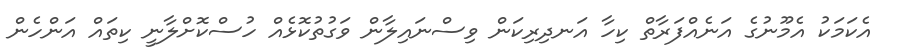
އެކަމަކު އެމޫނުގެ އަނެއްފަރާތް ކިހާ އަނދިރިކަން ވިސްނައިލާން ވަގުތުކޮޅެއް ހުސްކޮށްލާނީ ކިތައް އަންހެން